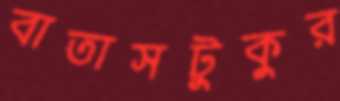
বাতাসটুকুর